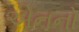
એનનો